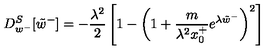
D _ { w ^ { - } } ^ { S } [ \tilde { w } ^ { - } ] = - \frac { \lambda ^ { 2 } } { 2 } \left[ 1 - \left( 1 + \frac { m } { \lambda ^ { 2 } x _ { 0 } ^ { + } } e ^ { \lambda \tilde { w } ^ { - } } \right) ^ { 2 } \right]